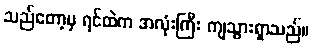
သည်တော့မှ ရင်ထဲက အလုံးကြီး ကျသွားရှာသည်။